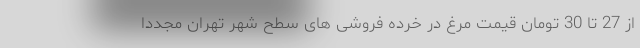
از 27 تا 30 تومان قیمت مرغ در خرده فروشی های سطح شهر تهران مجددا